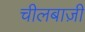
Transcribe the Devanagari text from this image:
चीलबाज़ी